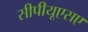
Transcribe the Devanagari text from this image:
सीपीयूएसए